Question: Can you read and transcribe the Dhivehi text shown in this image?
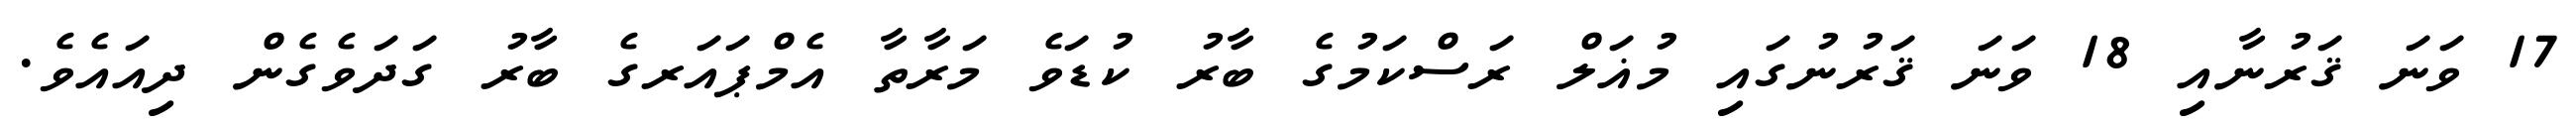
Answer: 17 ވަނަ ޤަރުނާއި 18 ވަނަ ޤަރުނުގައި މުޣަލް ރަސްކަމުގެ ބާރު ކުޑަވެ މަރާތާ އެމްޕައަރގެ ބާރު ގަދަވެގެން ދިއައެވެ.